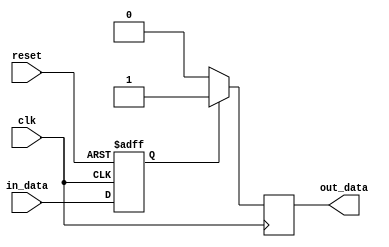
module voltage_level_shifter(
  input wire clk,
  input wire reset,
  input wire in_data,
  output reg out_data
);

reg internal_data;

always @(posedge clk or posedge reset) begin
  if (reset) begin
    internal_data <= 1'b0;
  end else begin
    internal_data <= in_data;
  end
end

always @(posedge clk) begin
  if (internal_data) begin
    out_data <= 1'b1;
  end else begin
    out_data <= 1'b0;
  end
end

endmodule